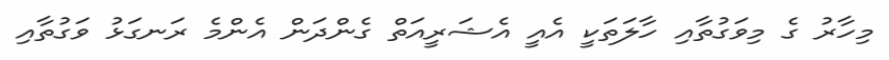
މިހާރު ގެ މިވަގުތާއި ހާލަތަކީ އެއީ އެޝަރީއަތް ގެންދަން އެންމެ ރަނގަޅު ވަގުތާއި